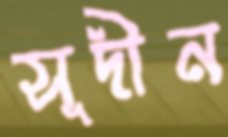
সূদীন